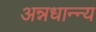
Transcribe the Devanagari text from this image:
अन्नधान्न्य